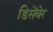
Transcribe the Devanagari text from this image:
डिसेंबेर